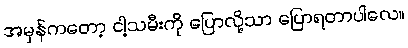
အမှန်ကတော့ ငါ့သမီးကို ပြောလို့သာ ပြောရတာပါလေ။